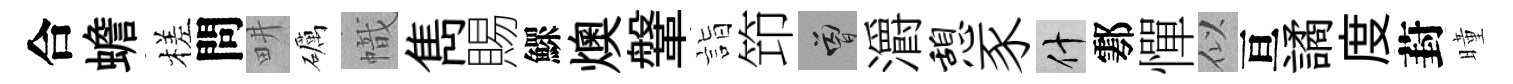
合蟾槎問畊礪幟雋賜鰥燠鞶詣笻曾灂憩豕什鄠憚似亘譎度葑曈